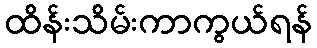
ထိန်းသိမ်းကာကွယ်ရန်